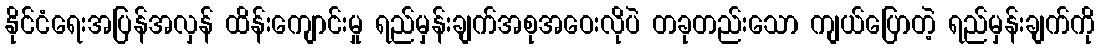
နိုင်ငံရေးအပြန်အလှန် ထိန်းကျောင်းမှု ရည်မှန်းချက်အစုအဝေးလိုပဲ တခုတည်းသော ကျယ်ပြောတဲ့ ရည်မှန်းချက်ကို